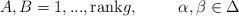
LaTeX: \begin{align*}A,B=1,...,{\textrm{rank}}g,\hspace{.4in}\alpha,\beta\in\Delta\end{align*}